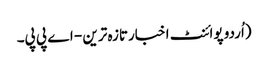
(اُردو پوائنٹ اخبارتازہ ترین - اے پی پی۔